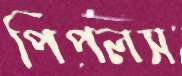
পিপলস